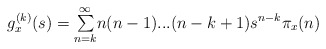
\begin{align*}g_{x}^{(k)}(s)={\textstyle\sum\limits_{n=k}^{\infty}}n(n-1)...(n-k+1)s^{n-k}\pi_{x}(n) \end{align*}